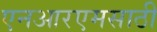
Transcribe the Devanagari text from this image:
एनआरएमसाठी